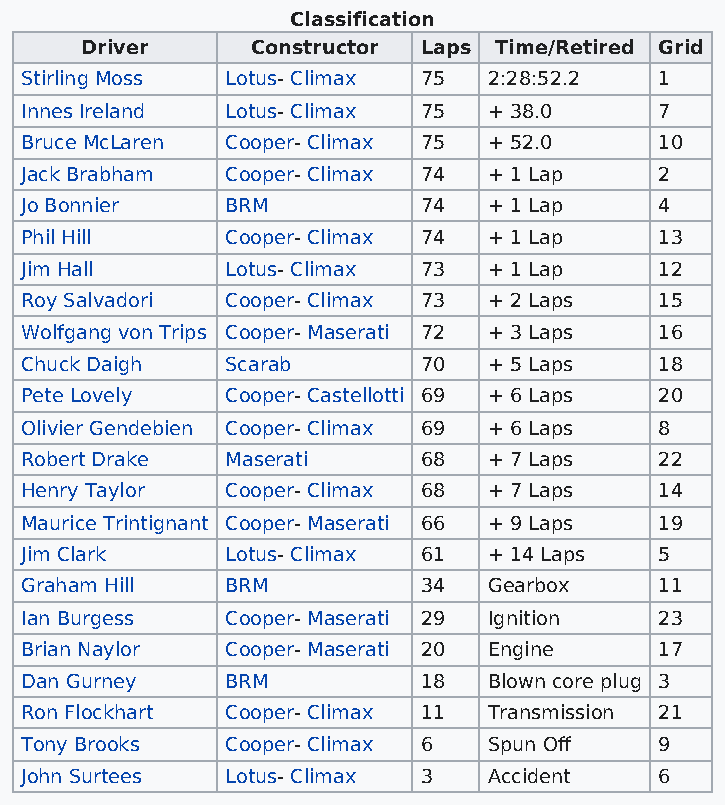
Classification
 Driver      Constructor Laps Time/Retired Grid
 Stirling Moss Lotus- Climax 75 2:28:52.2   1
 Innes Ireland Lotus- Climax 75 + 38.0      7
 Bruce McLaren Cooper- Climax 75 + 52.0     10
 Jack Brabham  Cooper- Climax 74 + 1 Lap    2
 Jo Bonnier    BRM          74  + 1 Lap     4
 Phil Hill     Cooper- Climax 74 + 1 Lap    13
 Jim Hall      Lotus- Climax 73 + 1 Lap     12
 Roy Salvadori Cooper- Climax 73 + 2 Laps   15
 Wolfgang von Trips Cooper- Maserati 72 + 3 Laps 16
 Chuck Daigh   Scarab       70  + 5 Laps    18
 Pete Lovely   Cooper- Castellotti 69 + 6 Laps 20
 Olivier Gendebien Cooper- Climax 69 + 6 Laps 8
 Robert Drake  Maserati     68  + 7 Laps    22
 Henry Taylor  Cooper- Climax 68 + 7 Laps   14
 Maurice Trintignant Cooper- Maserati 66 + 9 Laps 19
 Jim Clark     Lotus- Climax 61 + 14 Laps   5
 Graham Hill   BRM          34  Gearbox     11
 Ian Burgess   Cooper- Maserati 29 Ignition 23
 Brian Naylor  Cooper- Maserati 20 Engine   17
 Dan Gurney    BRM          18  Blown core plug 3
 Ron Flockhart Cooper- Climax 11 Transmission 21
 Tony Brooks   Cooper- Climax 6 Spun Off    9
 John Surtees  Lotus- Climax 3  Accident    6